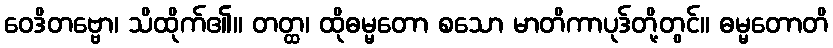
ဝေဒိတဗ္ဗော၊ သိထိုက်၏။ တတ္ထ၊ ထိုဓမ္မတော စသော မာတိကာပုဒ်တို့တွင်။ ဓမ္မတောတိ